Scottish assistants in French and German schools and colleges, 1935
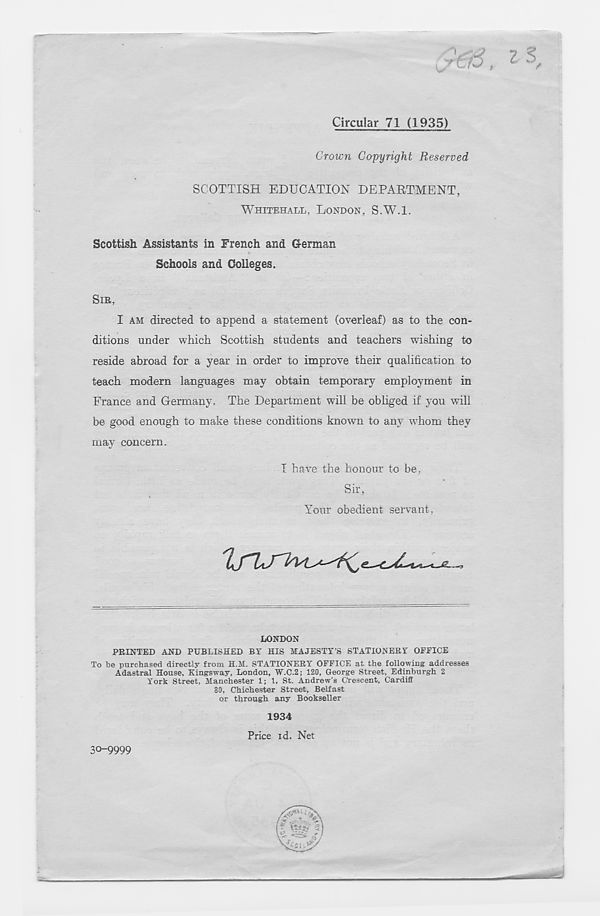
Circular 71 (1935)
Crown Copyright Reserved
SCOTTISH EDUCATION DEPARTMENT,
WHITEHALL, LONDON, S.W.l.
Scottish Assistants in French and Grerman
Schools and Colleges.
SIR,
I AM directed to append a statement (overleaf) as to the con-
ditions under which Scottish students and teachers wishing to
reside abroad for a year in order to improve their qualification to
teach modern languages may obtain temporary employment in
France and Germany. The Department will be obliged if you will
be good enough to make these conditions known to any whom they
may concern.
I have the honour to be,
Sir,
Your obedient servant,
LONDON
PRINTED AND PUBLISHED BY HIS MAJESTY’S STATIONERY OFFICE
To be purchased directly from H.M. STATIONERY OFFICE at the following addresses
Adastral House, Kingsway, London, W.C.2; 120, George Street, Edinburgh 2
York Street, Manchester 1; 1, St. Andrew’s Crescent, Cardiff
80, Chichester Street, Belfast
or through any Bookseller
30-9999
1934
Price id. Net